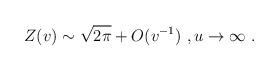
LaTeX: \begin{align*}Z(v)\sim \sqrt{2\pi}+O(v^{-1}) \ , u\rightarrow \infty \ .\end{align*}